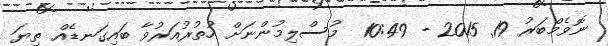
ނޮވެމްބަރު 19